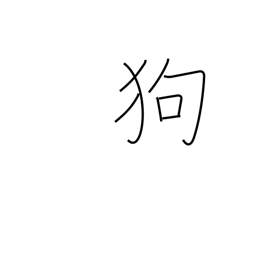
Meaning: dog